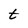
Character: t